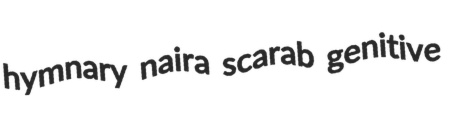
hymnary naira scarab genitive